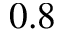
0 . 8